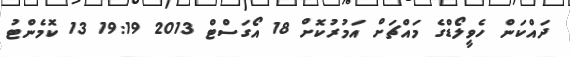
ދައްކަން ހެވީލޯޑްގެ މައްޗަށް އަމުރުކޮށް 18 އޯގަސްޓް 2013 19:19 13 ކޮމެންޓު